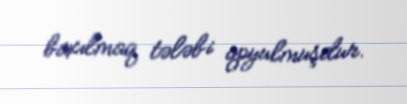
baxılmaq tələbi qoyulmuşdur.